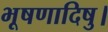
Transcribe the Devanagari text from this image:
भूषणादिषु।